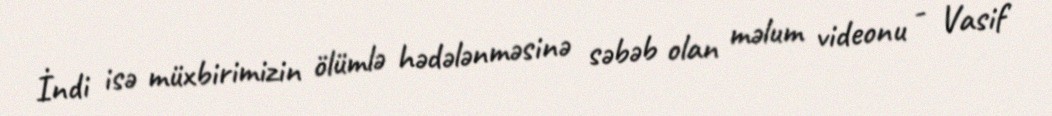
İndi isə müxbirimizin ölümlə hədələnməsinə səbəb olan məlum videonu - Vasif